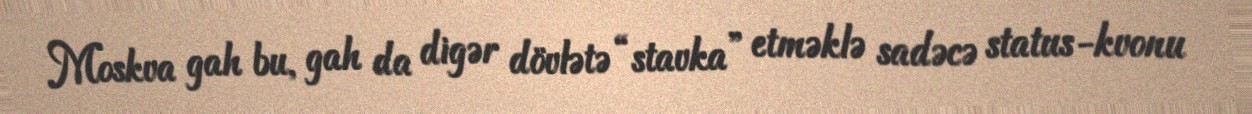
Moskva gah bu, gah da digər dövlətə “stavka” etməklə sadəcə status-kvonu